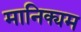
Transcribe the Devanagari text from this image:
मानिक्यम